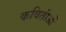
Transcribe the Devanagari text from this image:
कवितीओं